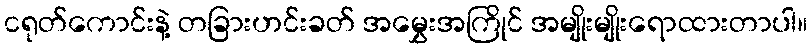
ငရုတ်ကောင်းနဲ့ တခြားဟင်းခတ် အမွှေးအကြိုင် အမျိုးမျိုးရောထားတာပါ။